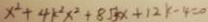
x ^ { 2 } + 4 k ^ { 2 } x ^ { 2 } + 8 \sqrt { 5 } x + 1 2 k - 4 = 0